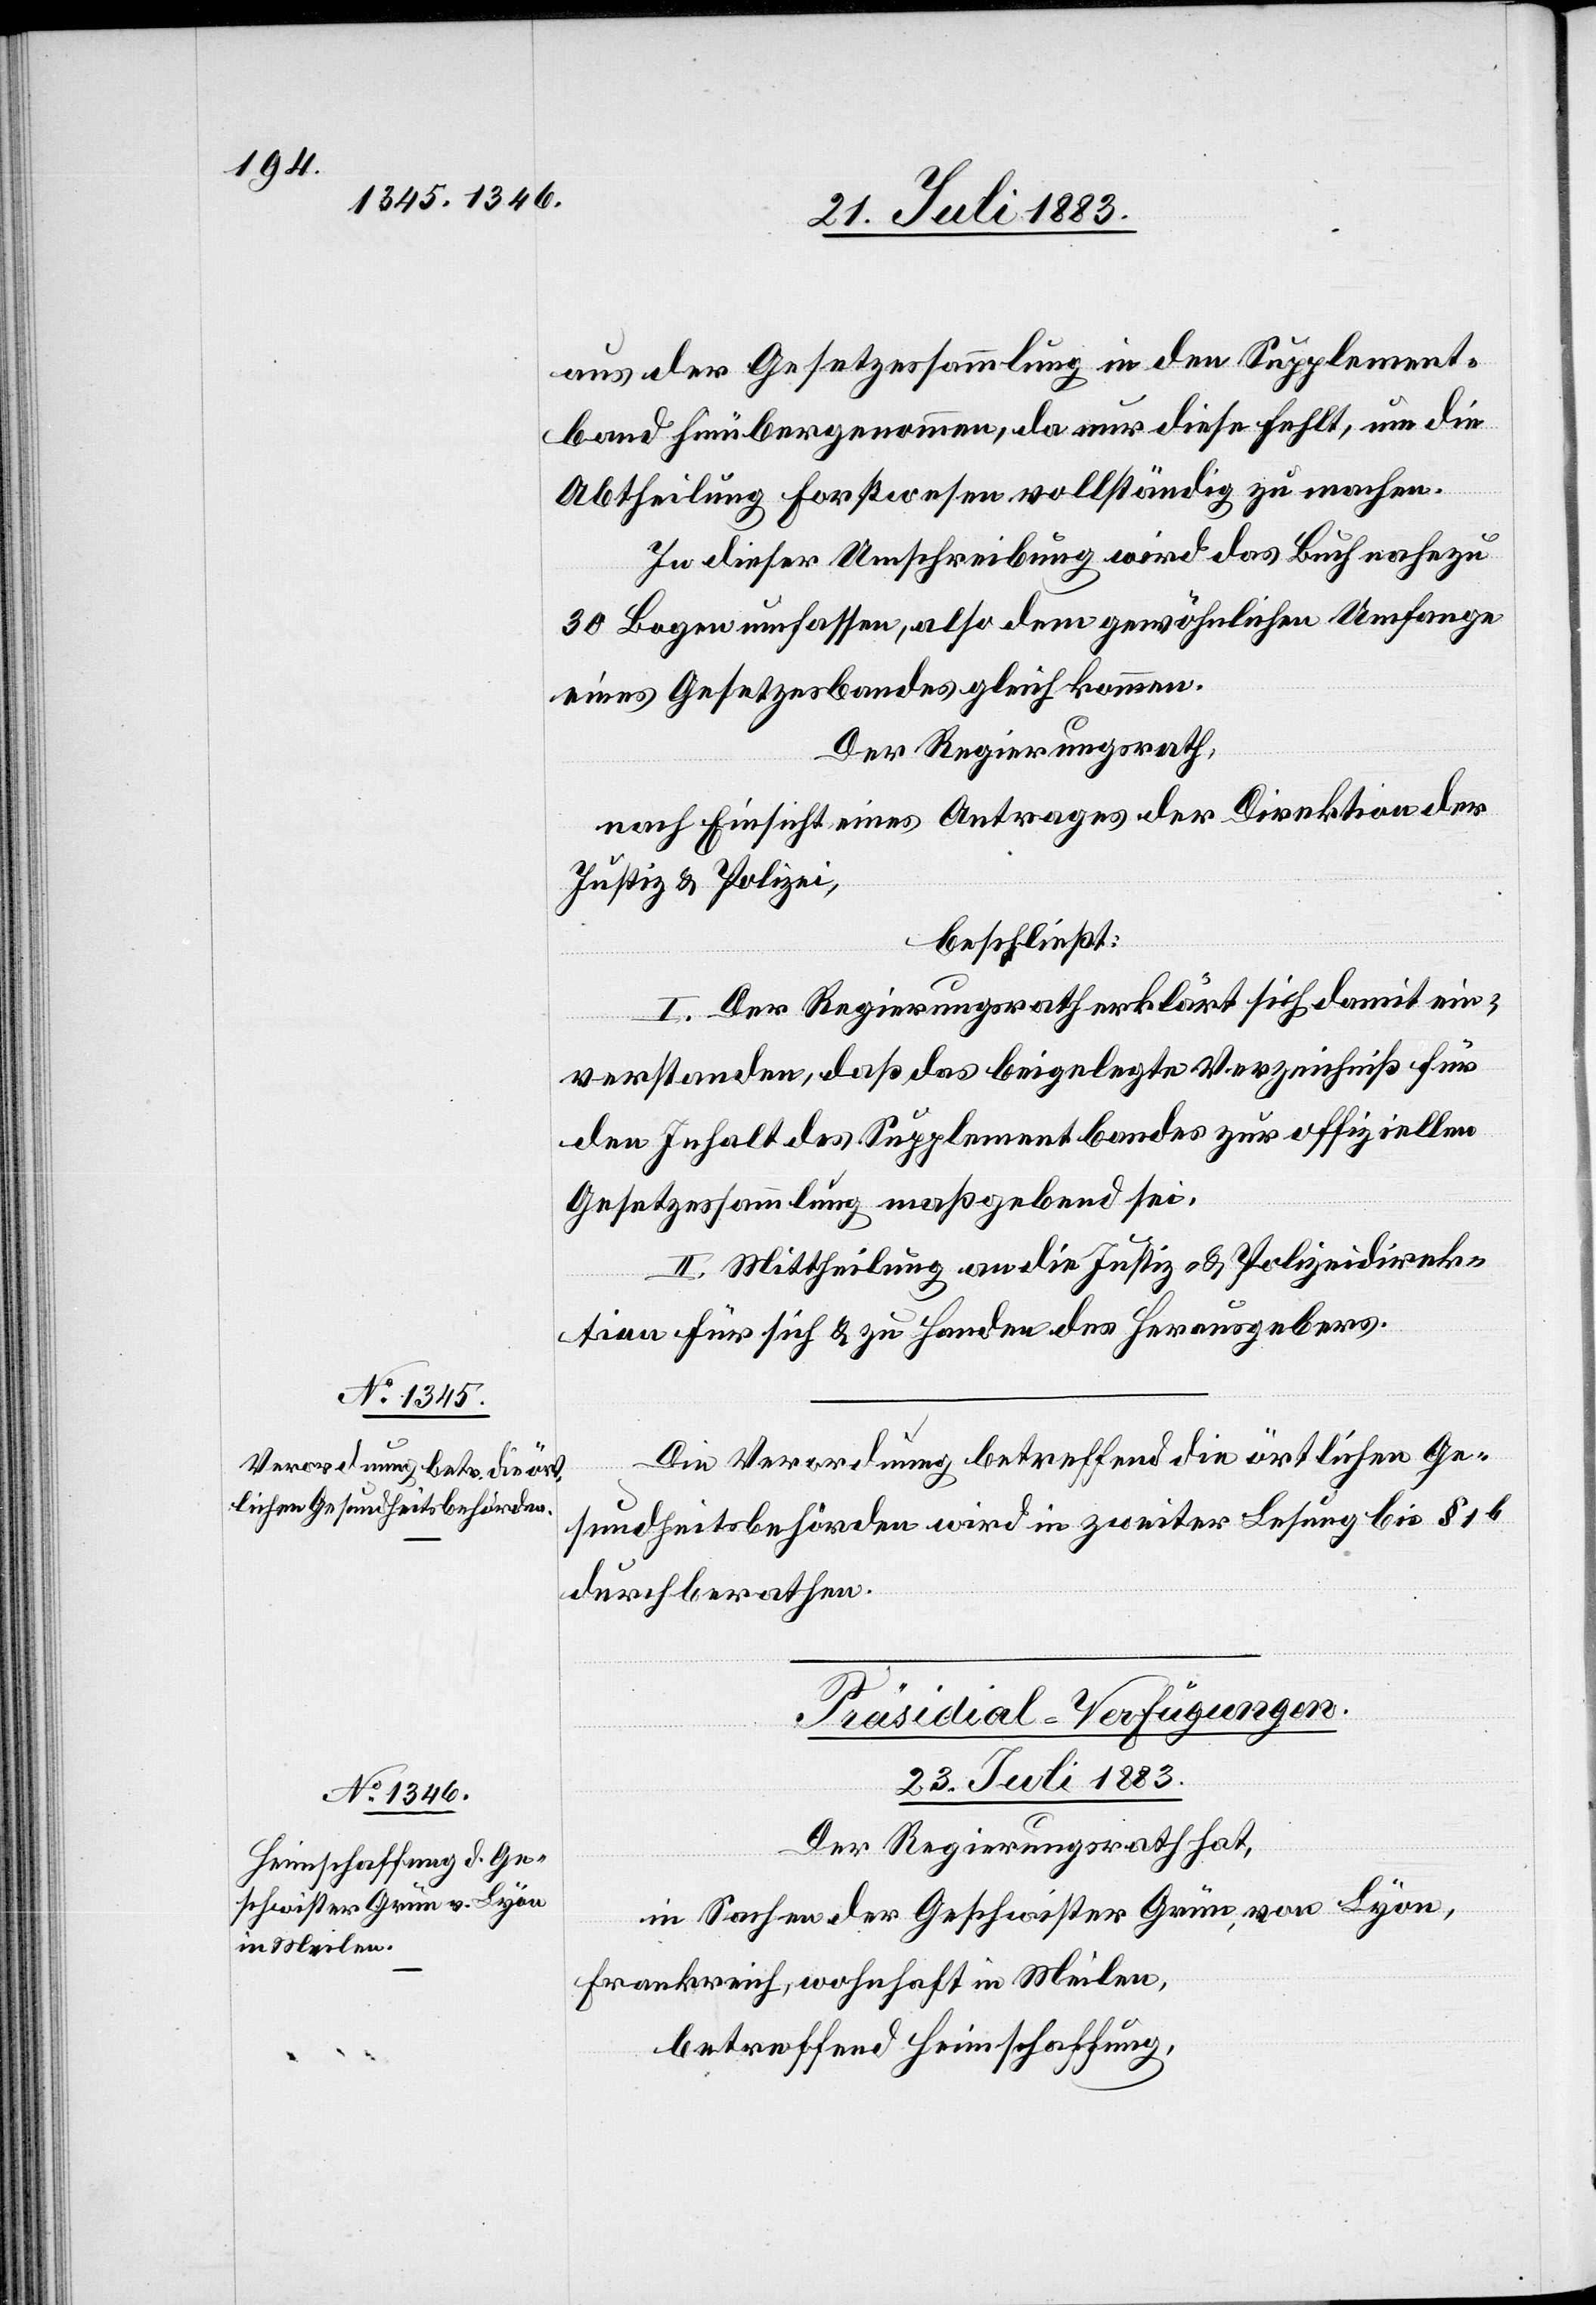
aus der Gesetzessammlung in den Supplement¬
band hinübergenommen, da nur diese Fehlt, um die
Abtheilung Forstwesen vollständig zu machen.
In dieser Umschreibung wird das Buch nahezu
30 Bogen umfassen, also dem gewöhnlichen Umfange
eines Gesetzesbandes gleich kommen.
Der Regierungsrath,
nach Einsicht eines Antrages der Direktion der
Justiz & Polizei,
beschließt:
I. Der Regierungsrath erklärt sich damit ein¬
verstanden, daß das beigelegte Verzeichniß für
den Inhalt des Supplementbandes zur offiziellen
Gesetzessammlung maßgebend sei.
II. Mittheilung an die Justiz- & Polizeidirek¬
tion für sich & zu Handen des Herausgebers.
Die Verordnung betreffend die örtlichen Ge¬
sundheitsbehörden wird in zweiter Lesung bis § 16
durchberathen.
Präsidial-Verfügungen.
23. Juli 1883.
Der Regierungsrath hat,
in Sachen der Geschwister Grün, von Lyon,
Frankreich, wohnhaft in Meilen,
betreffend Heimschaffung,